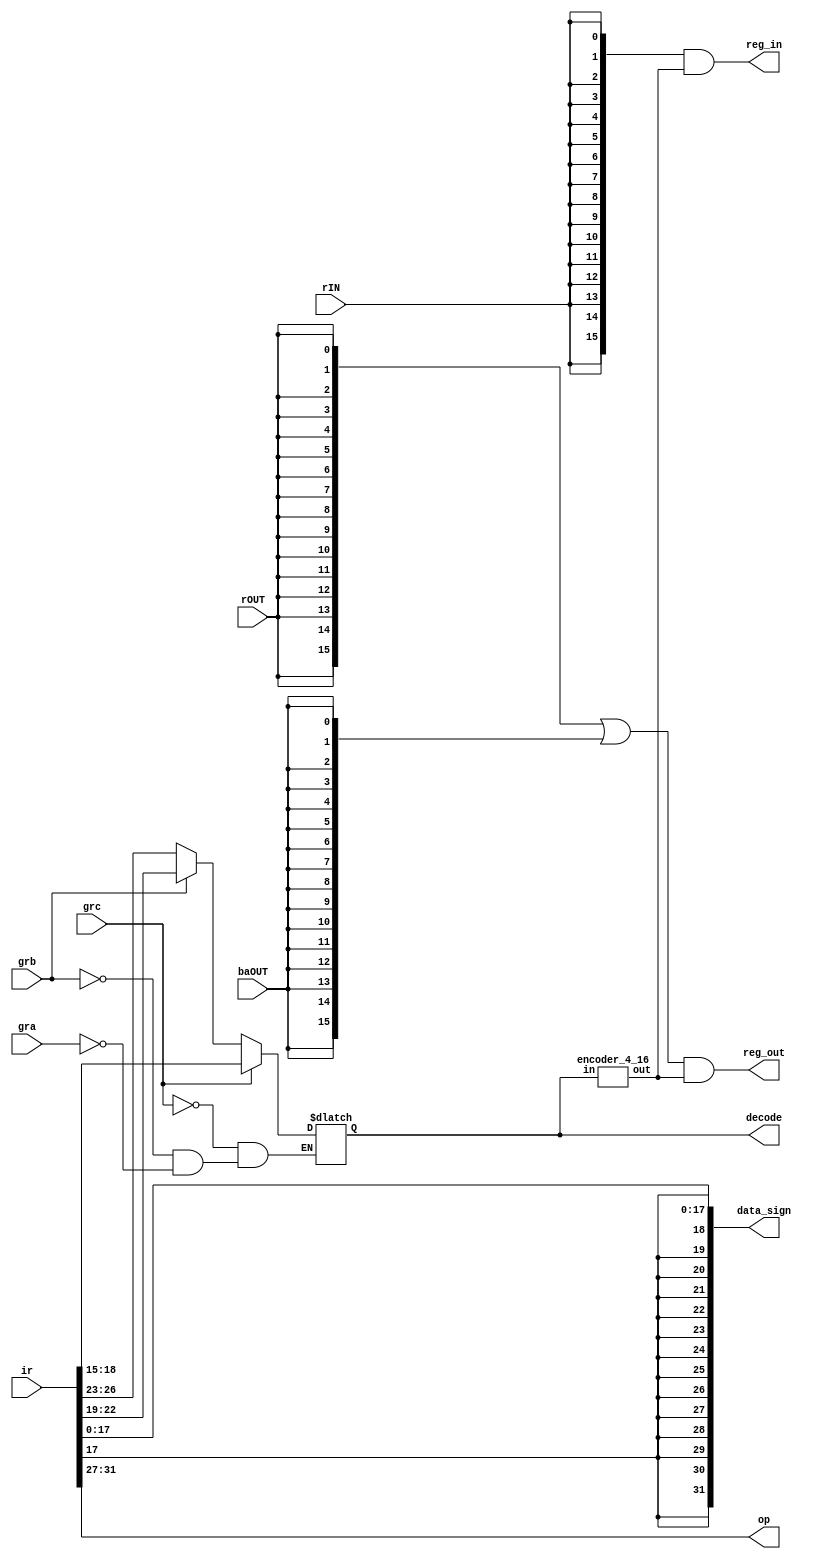
module select_encoder(input [31:0] ir, input rIN, rOUT, baOUT, gra, grb, grc,
					 output [31:0] data_sign, output [15:0] reg_in, reg_out, 
					 output [4:0] op, output reg [3:0] decode);

					 
	wire [15:0] decoder_logic;
	
	always@(*) begin
		if(gra)
			decode <= ir[26:23];
		if(grb)
			decode <= ir[22:19];
		if(grc) 
			decode <= ir[18:15];
	end
	
	encoder_4_16 s_enc(decoder_logic, decode);
	
	assign op = ir[31:27];
	assign data_sign = {{14{ir[17]}}, ir[17:0]};
	
	assign reg_in = {16{rIN}} & decoder_logic;
	assign reg_out = ({16{rOUT}} | {16{baOUT}})& decoder_logic;
		
endmodule

module encoder_4_16(output reg [15:0] out, input [3:0] in);
	
	always@(*) begin
		out = 15'b1 << in;
	end
	
endmodule